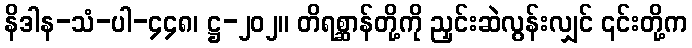
နိဒါန-သံ-ပါ-၄၄၈၊ ဋ္ဌ-၂၀၂။ တိရစ္ဆာန်တို့ကို ညှင်းဆဲလွန်းလျှင် ၎င်းတို့က